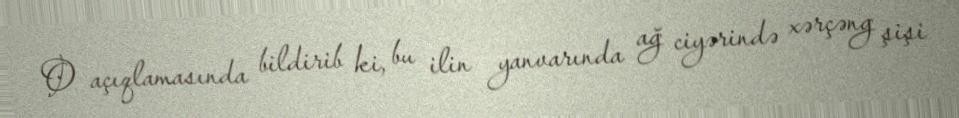
O açıqlamasında bildirib ki, bu ilin yanvarında ağ ciyərində xərçəng şişi